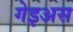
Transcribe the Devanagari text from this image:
गेइअस